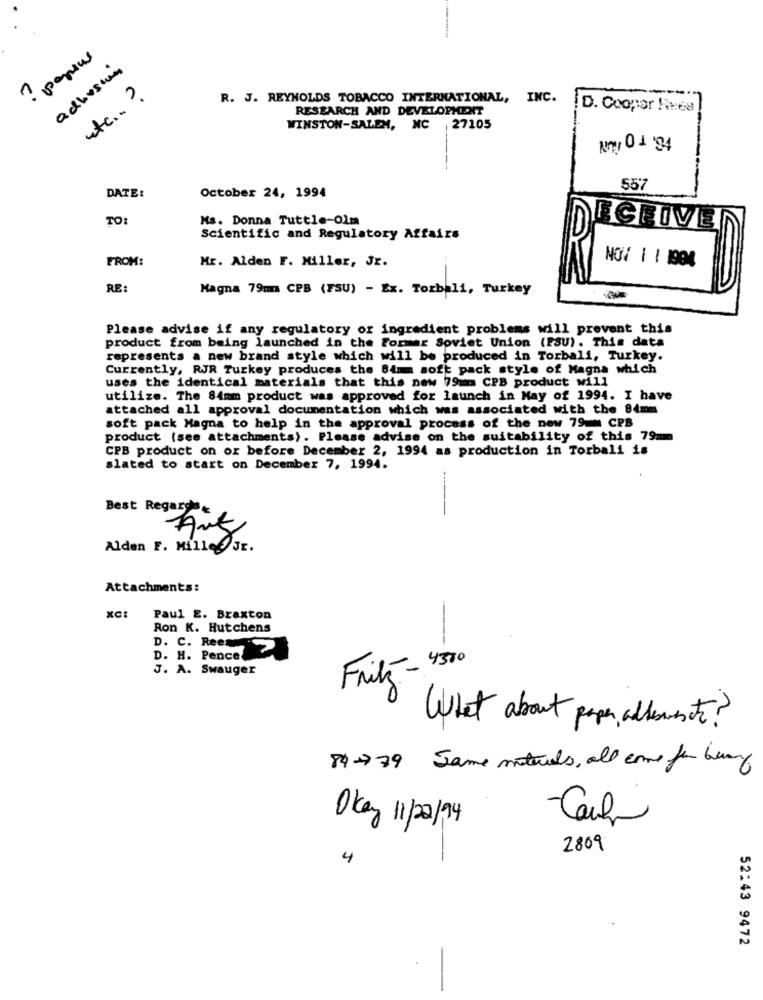
? papsus
adhesion
etc .. ?
R. J. REYNOLDS TOBACCO INTERNATIONAL, INC.
RESEARCH AND DEVELOPMENT
D. Cooper Hues
WINSTON-SALEM, NC | 27105
No! 01 94
DATE:
557
October 24, 1994
TO:
Ms. Donna Tuttle-Olm
DECEIVER
Scientific and Regulatory Affairs
FROM:
Mr. Alden F. Miller, Jr.
NOV 1 1 1904
RE:
Magna 79m CPB (FSU) - Ex. Torbali, Turkey
Please advise if any regulatory or ingredient problems will prevent this
product from being launched in the former Soviet Union (PSU). This data
represents a new brand style which will be produced in Torbali, Turkey.
Currently, RJR Turkey produces the 84m soft pack style of Magna which
uses the identical materials that this new 79mm CPB product will
utilize. The 84mm product was approved for launch in May of 1994. I have
attached all approval documentation which was associated with the 84mm
soft pack Magna to help in the approval process of the new 79- CPB
product (see attachments). Please advise on the suitability of this 79m
CPB product on or before December 2, 1994 as production in Torbali is
slated to start on December 7, 1994.
Best Regards
Alden F. MilleOgr.
Attachments:
xC:
Paul E. Braxton
Ron K. Hutchens
D. C. Ree
D. H. Pence
J. A. Swauger
Frik - 430
What about pape, addeneste?
89-779 Jame materials, all come for being
-Carl
Okay 11/22/94
2809
4
52:43 9472